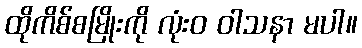
ထိုကိစ်စမြိုးကို လုံးဝ ဝါသနာ မပါ။